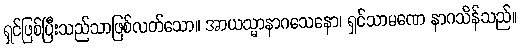
ရှင်ဖြစ်ပြီးသည်သာဖြစ်လတ်သော။ အာယသ္မာနာဂသေနော၊ ရှင်သာမဏေ နာဂသိန်သည်။